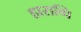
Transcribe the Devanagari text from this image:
हाराव्घि